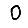
Digit: 0